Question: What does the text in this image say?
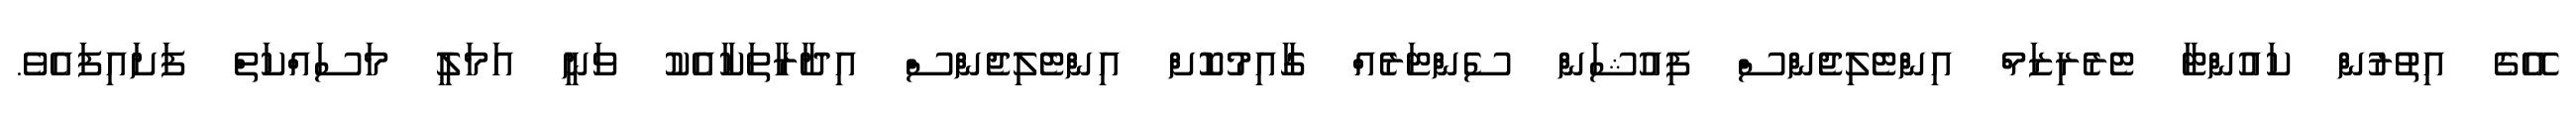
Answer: އޭގެ އިތުރުން ކައުންޓާ ޓެރެރިޒަމް އިންޓެލިޖެންސް ފިއުޝަން ސެންޓަރެއް ގާއިމުކޮށް އިންޓެލިޖެންސް އިދާރާތަކާއެކު ވަނީ އަމަލީ މަސައްކަތް ފަށައިފައެވެ.